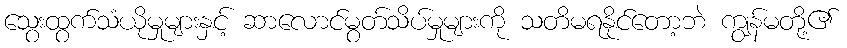
သွေးထွက်သံယိုမှုများနှင့် ဆာလောင်မွတ်သိပ်မှုများကို သတိမရနိုင်တော့ဘဲ ကျွန်မတို့၏